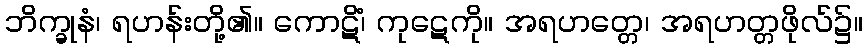
ဘိက္ခုနံ၊ ရဟန်းတို့၏။ ကောဋိံ၊ ကုဋေကို။ အရဟတ္တေ၊ အရဟတ္တဖိုလ်၌။